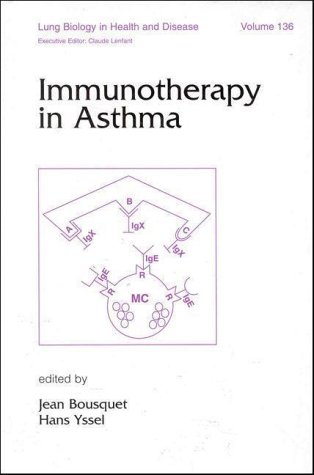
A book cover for Immunotherapy in Asthma (Lung Biology in Health and Disease); Health, Fitness & Dieting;